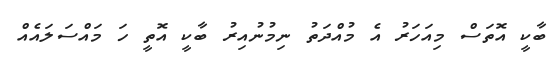
ބާކީ އޮތަސް މިއަހަރު އެ މުއްދަތު ނިމުނުއިރު ބާކީ އޮތީ ހަ މައްސަލައެއް